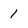
Character: 1